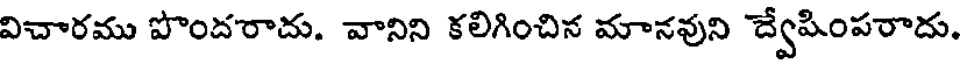
విచారము పొందరాదు. వానిని కలిగించిన మానవుని ద్వేపింపరాదు.